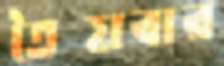
তৈয়বার